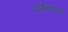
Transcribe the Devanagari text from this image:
पार्मेनटियर